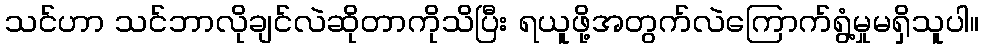
သင်ဟာ သင်ဘာလိုချင်လဲဆိုတာကိုသိပြီး ရယူဖို့အတွက်လဲကြောက်ရွံ့မှုမရှိသူပါ။